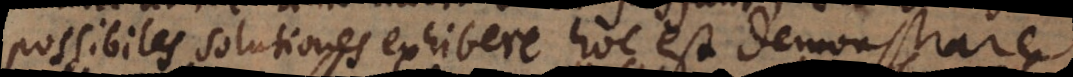
possibiles solutiones exhibere hoc est demonstrare